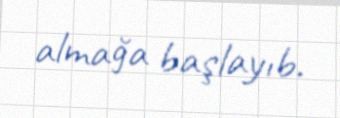
almağa başlayıb.